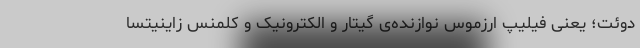
دوئت؛ یعنی فیلیپ ارزموس نوازنده‌ی گیتار و الکترونیک و کِلمنس زاینیتسا